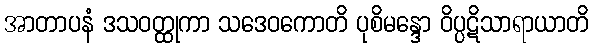
အာတာပနံ ဒသဝတ္ထုကာ သဒေဝကောတိ ပုစိမန္ဒော ဝိပ္ပဋိသာရာယာတိ